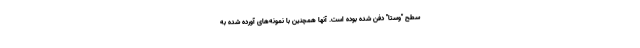
سطح "وستا" دفن شده بوده است. آنها همچنین با نمونه‌های آورده شده به